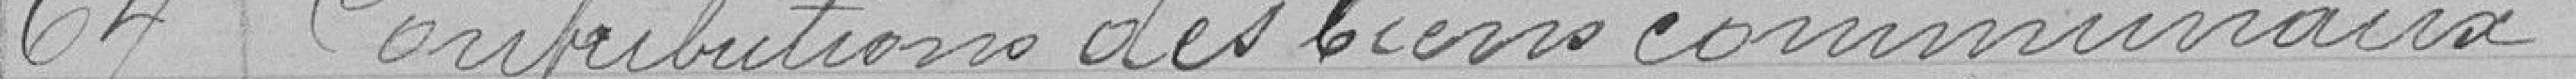
64 Contributions des biens communaux